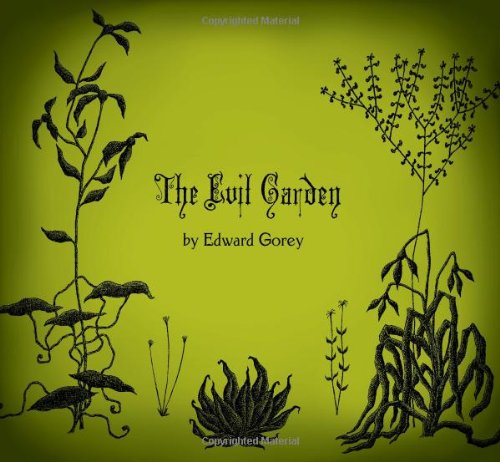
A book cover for The Evil Garden; Edward Gorey; Humor & Entertainment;